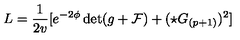
L = { \frac { 1 } { 2 v } } [ e ^ { - 2 \phi } \det ( g + { \cal F } ) + ( \star G _ { ( p + 1 ) } ) ^ { 2 } ]